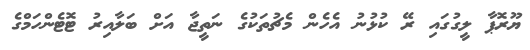
ޔޫރޮޕާ ލީގުގައި ރޭ ކުޅުނު އެހެން މެޗުތަކުގެ ނަތީޖާ އަށް ބަލާއިރު ޓޮޓެންހަމްގެ